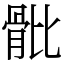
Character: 𩨨